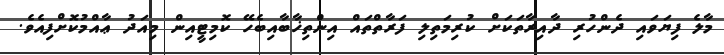
މާލެ ފިޔަވައި ދެންހުރި ދާއިރާތަކަށް ކުރިމަތިލި ފަރާތްތައް އިންތިޚާބާއިބެހޭ ކޮމިޓީއިން މިއަދު ޢާއްމުކޮށްފިއެވެ.